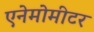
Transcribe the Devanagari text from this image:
एनेमोमीटर